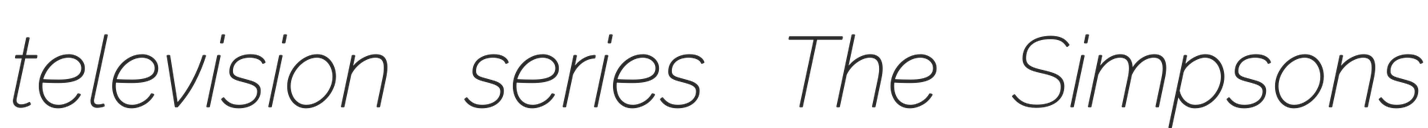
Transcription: television series The Simpsons